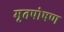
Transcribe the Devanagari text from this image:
मृतपोषण